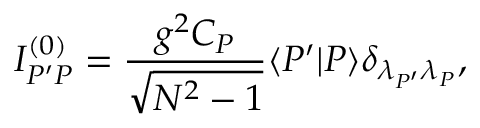
I _ { P ^ { \prime } P } ^ { ( 0 ) } = \frac { g ^ { 2 } C _ { P } } { \sqrt { N ^ { 2 } - 1 } } \langle P ^ { \prime } | P \rangle \delta _ { { \lambda _ { P ^ { \prime } } } { \lambda _ { P } } } ,